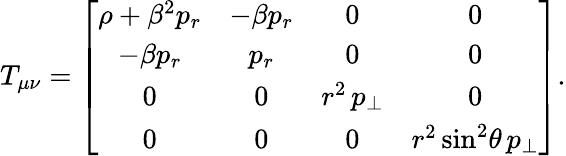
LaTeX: T_{\mu\nu}=\left[\begin{array}{cccc}{\rho+\beta^{2}p_{r}}&{-\beta p_{r}}&{0}&{0}\\ {-\beta p_{r}}&{p_{r}}&{0}&{0}\\ {0}&{0}&{r^{2}\, p_{\perp}}&{0}\\ {0}&{0}&{0}&{r^{2}\sin^{2}\! \theta\, p_{\perp}}\end{array}\right].